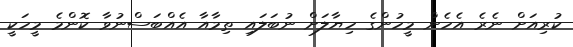
ކުރިއަށް ނެރެ އެހެން މީހުންގެ ހިޔާލަށް ނުބަލައި ތިމާއާ އެއްބަސްނުވާ ކޮންމެ މީހަކީ